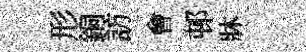
形銅訪㑹邨牀